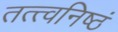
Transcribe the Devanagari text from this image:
तत्त्वनिष्ठं